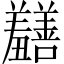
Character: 𫅡